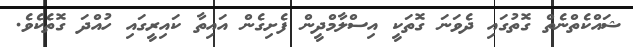
ޝައްކެތްނެތް ގޮތުގައި ދެވަނަ ގޮތަކީ އިސްލާމްދީން ފެށިގެން އައިތާ ކައިރީގައި ހުއްދަ ގޮތެކެވެ.